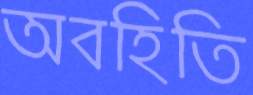
অবহিতি